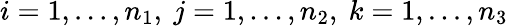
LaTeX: i=1,...,n_{1},\ j=1,...,n_{2},\ k=1,...,n_{3}